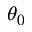
\theta _ { 0 }